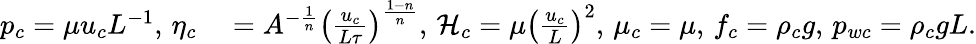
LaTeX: \begin{array}{rl}{p_{c}=\mu u_{c}L^{-1},\, \eta_{c}}&{{}=A^{-\frac{1}{n}}\left(\frac{u_{c}}{L\tau}\right)^{\frac{1-n}{n}},\, \mathcal{H}_{c}=\mu\left(\frac{u_{c}}{L}\right)^{2},\, \mu_{c}=\mu,\, f_{c}=\rho_{c}g,\, p_{wc}=\rho_{c}gL.}\end{array}